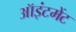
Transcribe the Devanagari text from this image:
ऑइंटमेंट